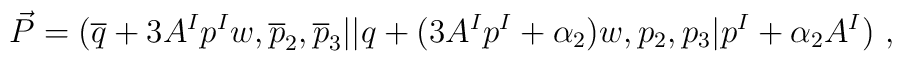
{\vec P}=({\overline q}+3A^I p^I w ,{\overline p}_2 ,{\overline p}_3 \vert\vert q+ (3A^I p^I +\alpha_2 )w ,p_2 ,p_3 \vert p^I +\alpha_2 A^I ) ~,